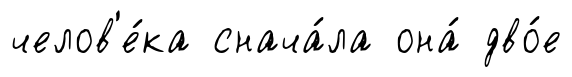
челов'е́ка снача́ла она́ дво́е